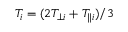
T _ { i } = ( 2 T _ { \perp i } + T _ { \parallel i } ) / 3